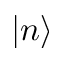
| n \rangle